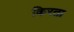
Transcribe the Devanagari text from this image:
किरता